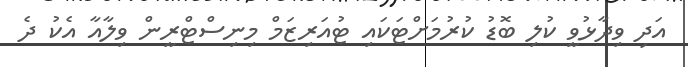
އަދި ވިދާޅުވީ ކުލި ބޮޑު ކުރުމަށްޓަކައި ޓުއަރިޒަމް މިނިސްޓްރީން ވިލާއާ އެކު ދެ